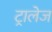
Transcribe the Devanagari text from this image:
ट्रालेज